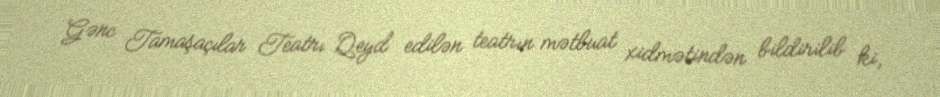
Gənc Tamaşaçılar Teatrı Qeyd edilən teatrın mətbuat xidmətindən bildirilib ki,